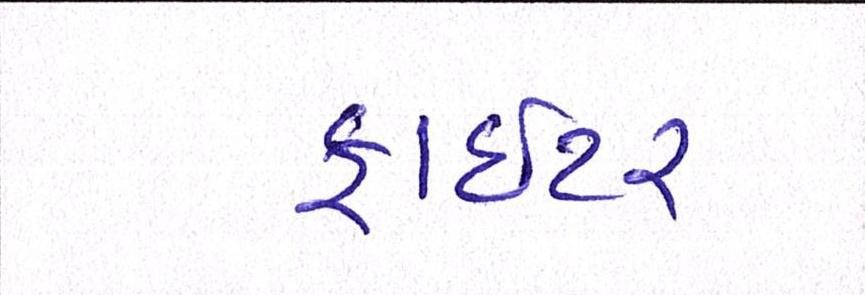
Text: ફાઈટર